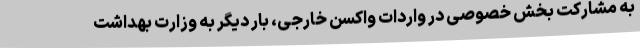
به مشارکت بخش خصوصی در واردات واکسن خارجی، بار دیگر به وزارت بهداشت